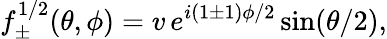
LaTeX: f_{\pm}^{1/2}(\theta,\phi)=v\, e^{i(1\pm 1)\phi/2}\sin(\theta/2),